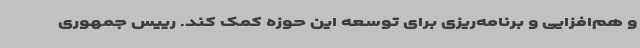
و هم‌افزایی و برنامه‌ریزی برای توسعه این حوزه کمک کند. رییس جمهوری